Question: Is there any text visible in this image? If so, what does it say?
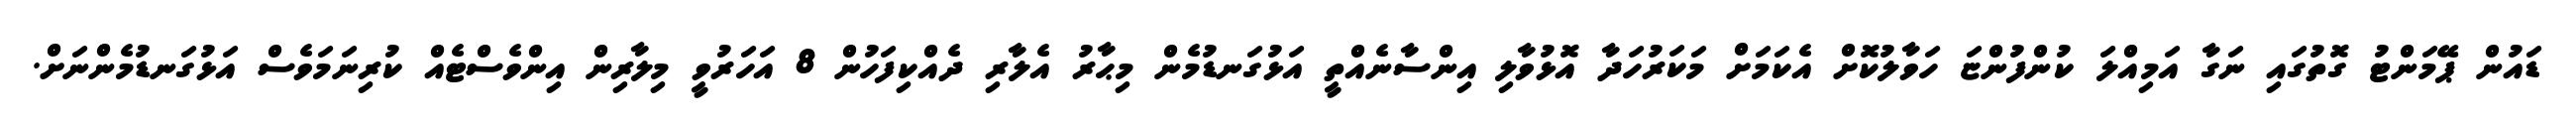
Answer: ޑައުން ޕޭމަންޓު ގޮތުގައި ނަގާ އަމިއްލަ ކުންފުންޏަ ހަވާލުކޮށް އެކަމަށް މަކަރުހަދާ އޮޅުވާލި އިންސާނެއްތީ އަޅުގަނޑުމެން މިޙާރު އެލާރި ދެއްކިފަހުން 8 އަހަރުވީ މިލާރިން އިންވެސްޓެއް ކުރިނަމަވެސް އަޅުގަނޑުމެންނަށް.